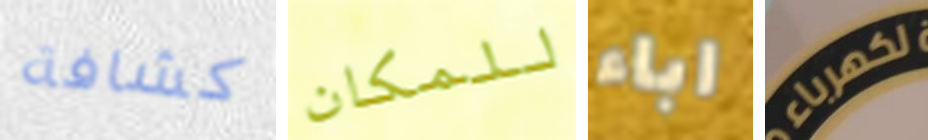
كشافة للمكان اباء لكهرباء